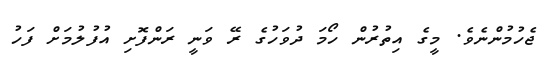
ޖެހުމުންނެވެ. މީގެ އިތުރުން ހޯމަ ދުވަހުގެ ރޭ ވަނީ ރަންފޮށި އުފުލުމަށް ފަހު